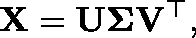
\mathbf { X } = \mathbf { U } \mathbf { \Sigma } \mathbf { V } ^ { \top } ,